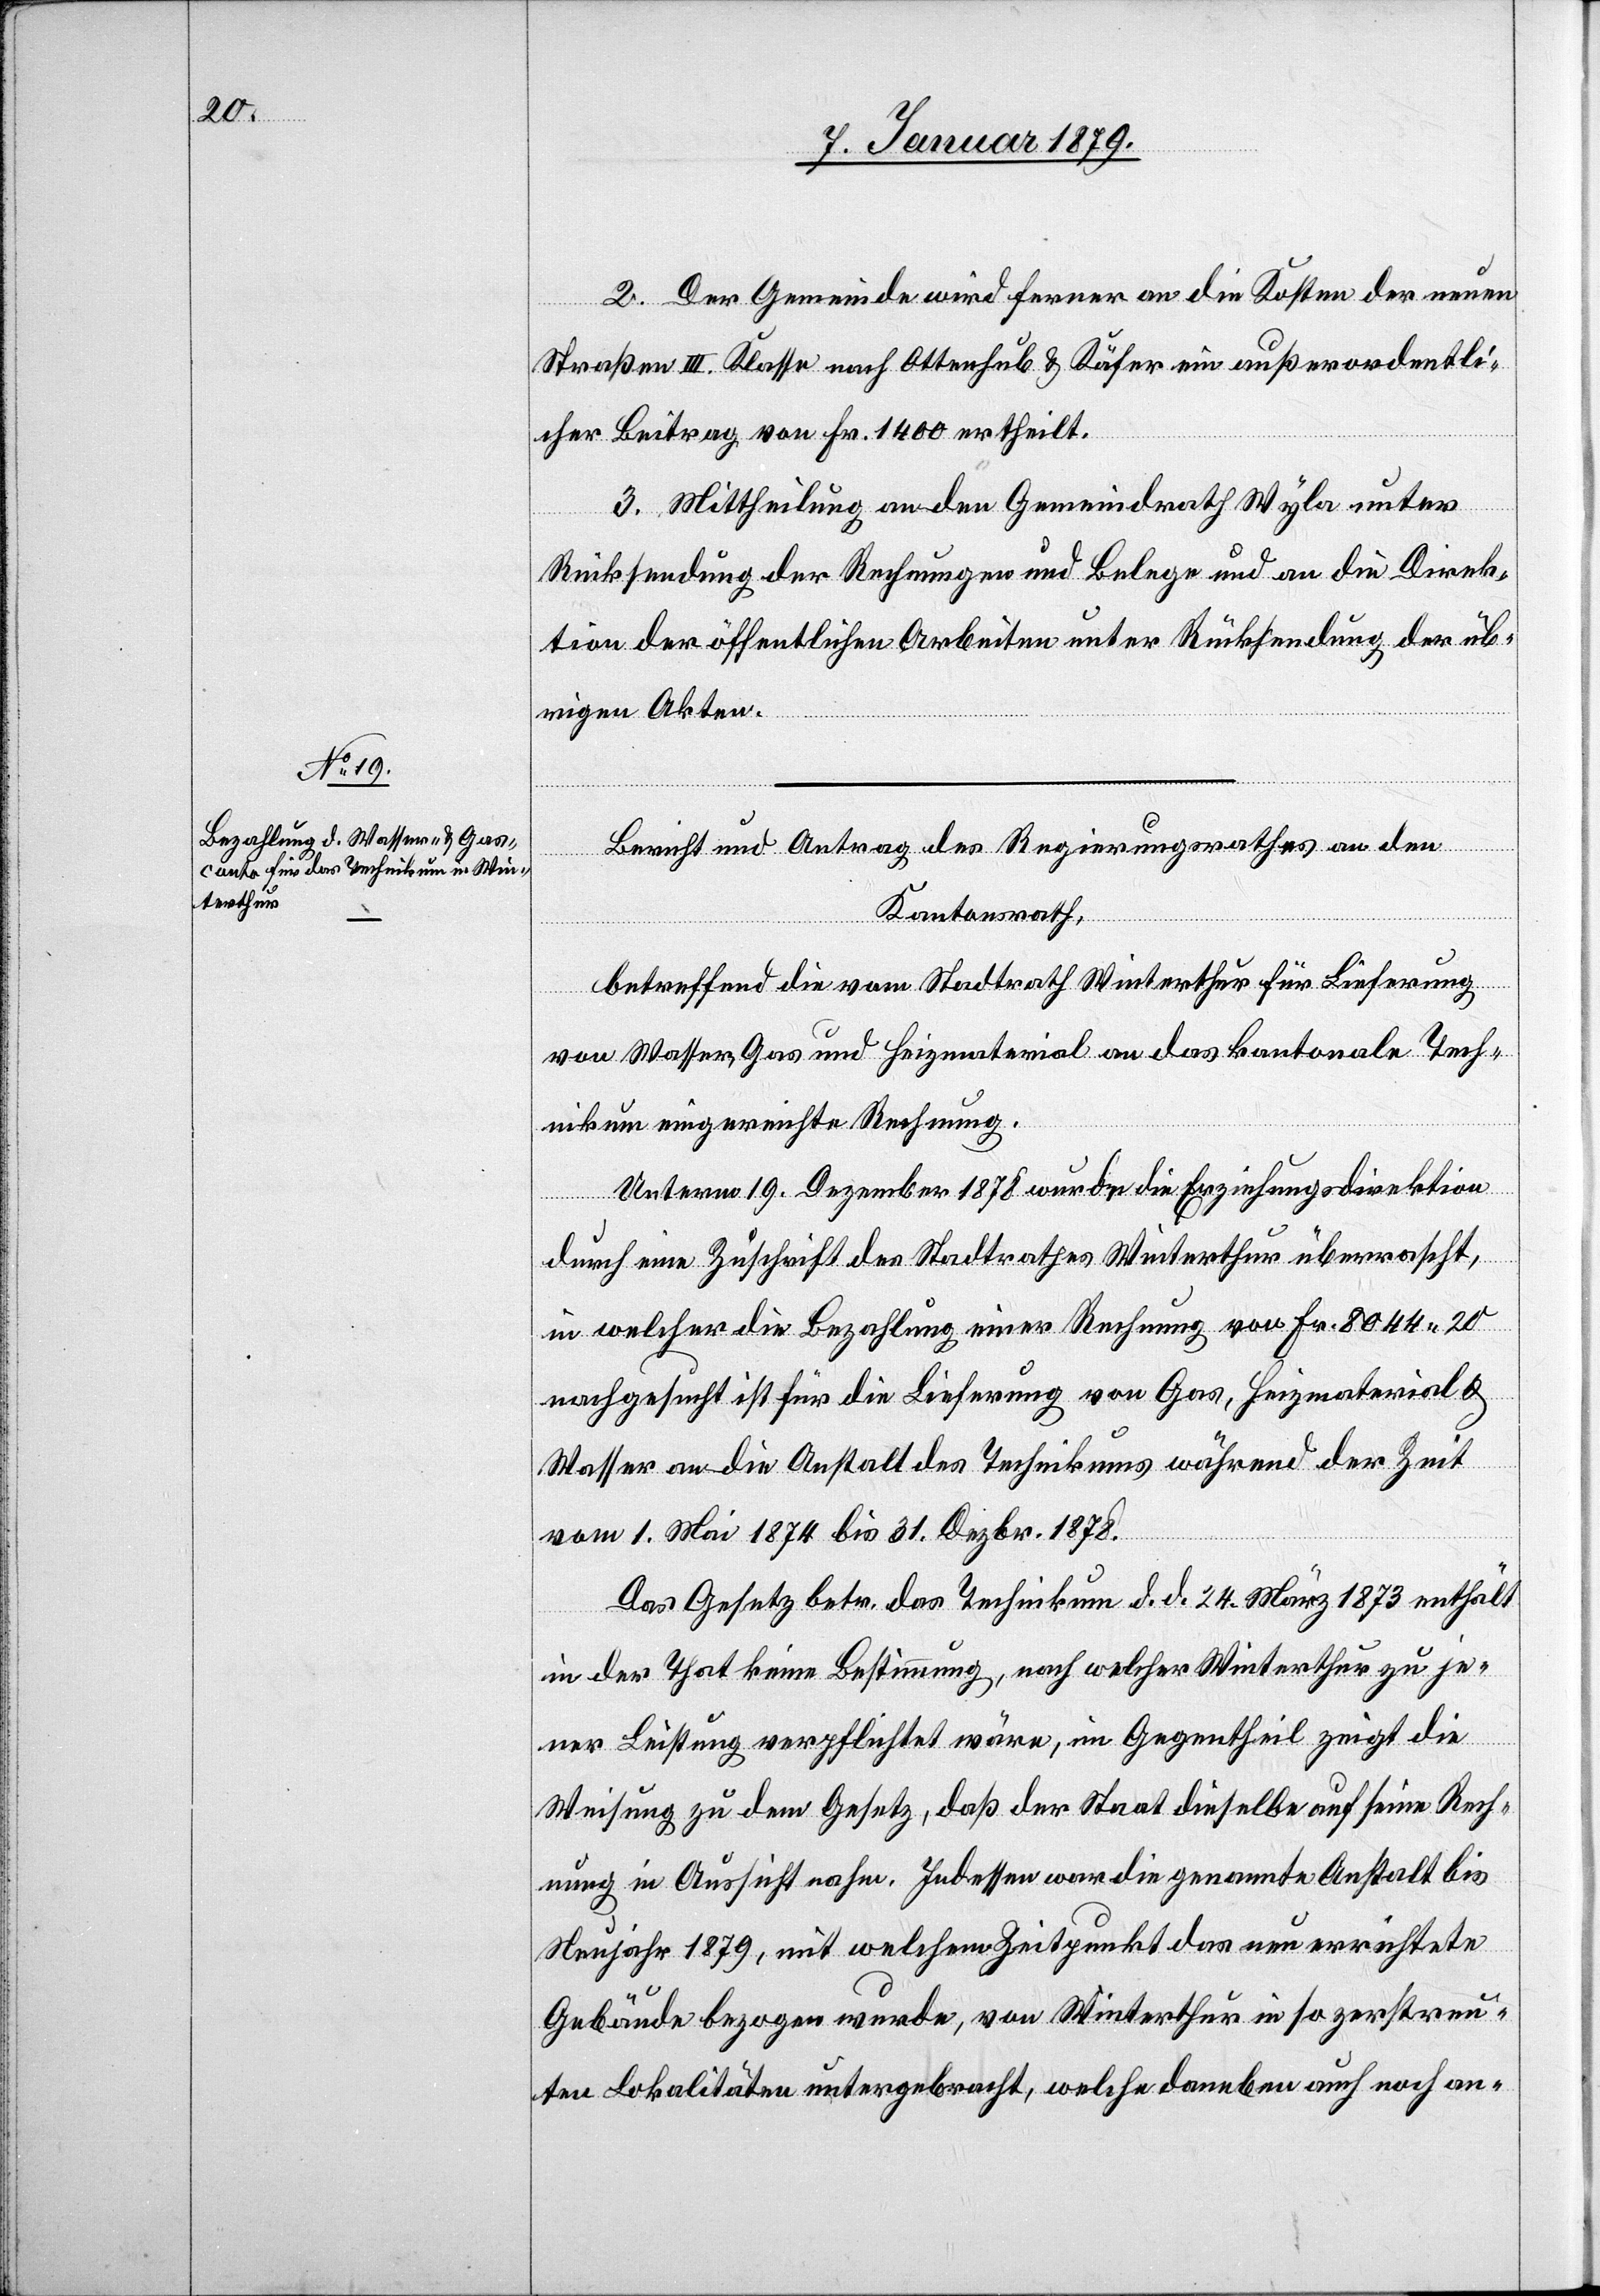
2. Der Gemeinde wird ferner an die Kosten der neuen
Straßen III. Klasse nach Ottenhub & Käfer ein außerordentli¬
cher Beitrag von Fr. 1400 ertheilt.
3. Mittheilung an den Gemeindrath Wyla unter
Rücksendung der Rechnungen und Belege und an die Direk¬
tion der öffentlichen Arbeiten unter Rücksendung der üb¬
rigen Akten.
Bericht und Antrag des Regierungsrathes an den
Kantonsrath,
betreffend die vom Stadtrath Winterthur für Lieferung
von Wasser, Gas und Heizmaterial an das kantonale Tech¬
nikum eingereichte Rechnung.
Unterm 19. Dezember 1878 wurde die Erziehungsdirektion
durch eine Zuschrift des Stadtrathes Winterthur überrascht,
in welcher die Bezahlung einer Rechnung von Fr. 8044.20
nachgesucht ist für die Lieferung von Gas, Heizmaterial &
Wasser an die Anstalt des Technikums während der Zeit
vom 1. Mai 1874 bis 31. Dezbr. 1878.
Das Gesetz betr. das Technikum d. d. 24. März 1873 enthält
in der That keine Bestimmung, nach welcher Winterthur zu je¬
ner Leistung verpflichtet wäre, im Gegentheil zeigt die
Weisung zu dem Gesetz, daß der Staat dieselbe auf seine Rech¬
nung in Aussicht nahm. Indessen war die genannte Anstalt bis
Neujahr 1879, mit welchem Zeitpunkt das neu errichtete
Gebäude bezogen wurde, von Winterthur in so zerstreu¬
ten Lokalitäten untergebracht, welche daneben auch noch an-